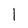
Character: l